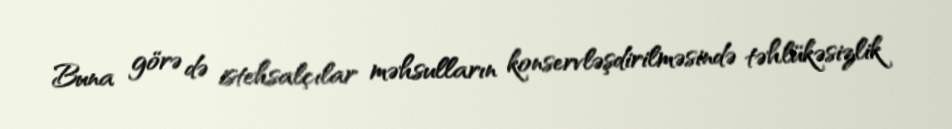
Buna görə də istehsalçılar məhsulların konservləşdirilməsində təhlükəsizlik